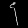
Digit: ၄